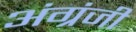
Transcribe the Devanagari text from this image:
अंग्रंजी